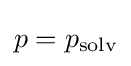
p=p_{\text{solv}}